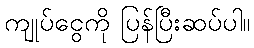
ကျုပ်ငွေကို ပြန်ပြီးဆပ်ပါ။